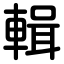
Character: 輯